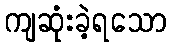
ကျဆုံးခဲ့ရသော